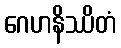
ဂေဟနိဿိတံ